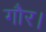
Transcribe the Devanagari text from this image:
गौर।